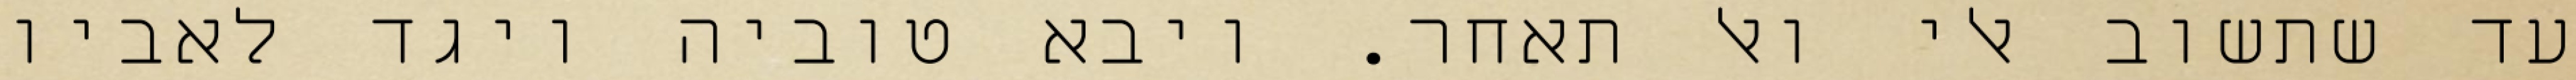
עד שתשוב אלי ואל תאחר. ויבא טוביה ויגד לאביו